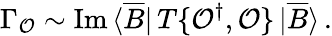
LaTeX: \Gamma_{\cal O}\sim\mathrm{Im}\, \langle\overline{{B}}|\, T\{ {\cal O}^{\dagger},{\cal O}\} \, |\overline{{B}}\rangle\, .